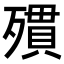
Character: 𣩔